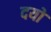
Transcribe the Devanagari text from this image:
दयो